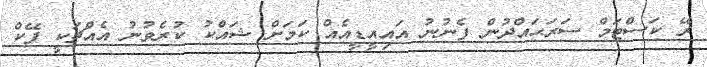
ރޭ ކަސްޓަމް ސަރަޙައްދުން ފެނުނު އައިއީޑީއެއް ކަމަށް ޝައްކު ކުރެވުނު އެއްޗަކީ ފޭކް